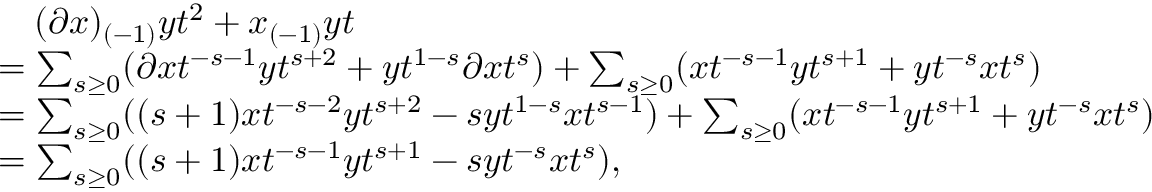
\begin{array} { r l } & { \quad ( \partial x ) _ { ( - 1 ) } y t ^ { 2 } + x _ { ( - 1 ) } y t } \\ & { = \sum _ { s \geq 0 } ( \partial x t ^ { - s - 1 } y t ^ { s + 2 } + y t ^ { 1 - s } \partial x t ^ { s } ) + \sum _ { s \geq 0 } ( x t ^ { - s - 1 } y t ^ { s + 1 } + y t ^ { - s } x t ^ { s } ) } \\ & { = \sum _ { s \geq 0 } ( ( s + 1 ) x t ^ { - s - 2 } y t ^ { s + 2 } - s y t ^ { 1 - s } x t ^ { s - 1 } ) + \sum _ { s \geq 0 } ( x t ^ { - s - 1 } y t ^ { s + 1 } + y t ^ { - s } x t ^ { s } ) } \\ & { = \sum _ { s \geq 0 } ( ( s + 1 ) x t ^ { - s - 1 } y t ^ { s + 1 } - s y t ^ { - s } x t ^ { s } ) , } \end{array}